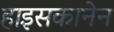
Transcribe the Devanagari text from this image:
हाइसकानेन